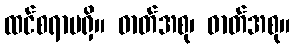
ထင်စရာမရှိ။ ဓာတ်အစု၊ ဓာတ်အစု။